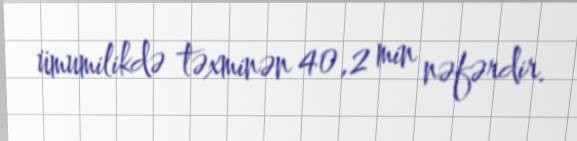
ümumilikdə təxminən 40,2 min nəfərdir.